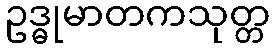
ဥဒ္ဓုမာတကသုတ္တ